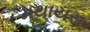
મથાયસ